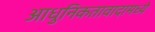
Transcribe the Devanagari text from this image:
आधुनिकतावादामध्ये